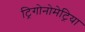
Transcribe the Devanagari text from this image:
ट्रिगोनोमेट्रिया